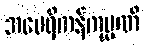
အမေရိကန်ကုမ္ပဏီ